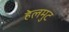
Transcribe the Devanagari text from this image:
हेलमुट